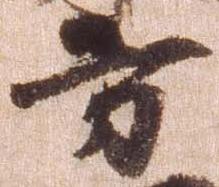
方